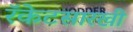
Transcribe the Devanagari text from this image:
रॅकेटसारखी